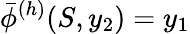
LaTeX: \bar{\phi}^{(h)}(S,y_{2})=y_{1}